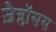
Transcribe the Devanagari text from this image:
ज़ैग्लॉसस